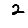
Digit: 2